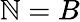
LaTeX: \mathbb{N}=B